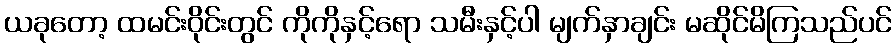
ယခုတော့ ထမင်းဝိုင်းတွင် ကိုကိုနှင့်ရော သမီးနှင့်ပါ မျက်နှာချင်း မဆိုင်မိကြသည်ပင်